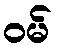
ဝမ်